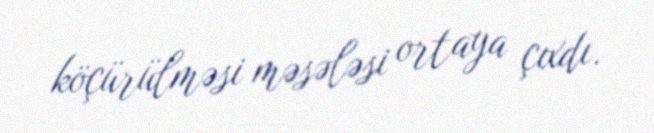
köçürülməsi məsələsi ortaya çıxdı.